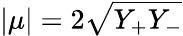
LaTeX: |\mu|=2\sqrt{Y_{+}Y_{-}}